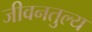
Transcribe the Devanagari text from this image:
जीवनतुल्य